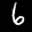
Label: 6